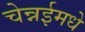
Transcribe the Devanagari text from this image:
चेन्नईमधे